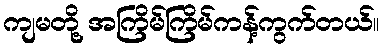
ကျမတို့ အကြိမ်ကြိမ်ကန့်ကွက်တယ်။